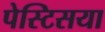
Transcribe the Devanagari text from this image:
पेस्टिसया